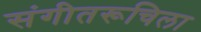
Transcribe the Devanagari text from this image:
संगीतरूचिला